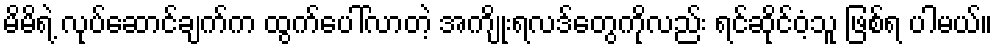
မိမိရဲ့ လုပ်ဆောင်ချက်က ထွက်ပေါ်လာတဲ့ အကျိုးရလဒ်တွေကိုလည်း ရင်ဆိုင်ဝံ့သူ ဖြစ်ရ ပါမယ်။